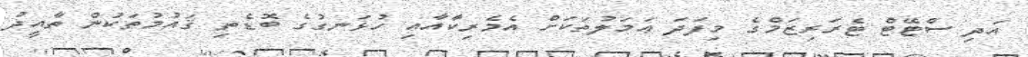
އަދި ސްޓޭޓް ޓެރަރިޒަމްގެ މިފަދަ ޢަމަލުތަކަށް އެމެރިކާއާއި ހުޅަނގުގެ ބޮޑެތި ޤައުމުތަކުން ތާއީދު